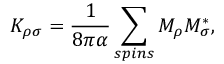
K _ { \rho \sigma } = \frac { 1 } { 8 \pi \alpha } \sum _ { s p i n s } M _ { \rho } M _ { \sigma } ^ { * } ,